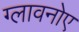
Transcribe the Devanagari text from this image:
ग्लावनोए